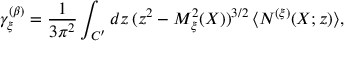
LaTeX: \gamma _ { \xi } ^ { ( \beta ) } = \frac { 1 } { 3 \pi ^ { 2 } } \int _ { C ^ { \prime } } d z \, ( z ^ { 2 } - { \cal M } _ { \xi } ^ { 2 } ( X ) ) ^ { 3 / 2 } \, \langle N ^ { ( \xi ) } ( X ; z ) \rangle ,